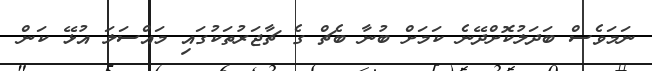
ނަމަވެސް ބަދަލުކޮށްދޭނެ ކަމަށް ބުނާ ބެޗް ގެ ޗާޖަރުތަކުގައި މައްސަލަ އުޅޭ ކަން